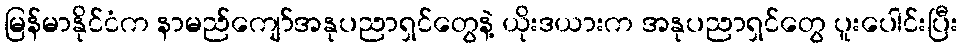
မြန်မာနိုင်ငံက နာမည်ကျော်အနုပညာရှင်တွေနဲ့ ယိုးဒယားက အနုပညာရှင်တွေ ပူးပေါင်းပြီး